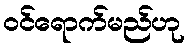
ဝင်ရောက်မည်ဟု